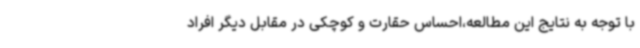
با توجه به نتایج این مطالعه،احساس حقارت و کوچکی در مقابل دیگر افراد